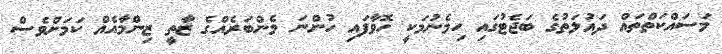
މަސައްކަތްތައް ދައުލަތުގެ ބަޖެޓުގައި ހިމެނުމަކީ ހޮވާފައި ހުންނަ މެންބަރެއްގެ ޒާތީ ޒިންމާއެއް ކަމަށްވެސް